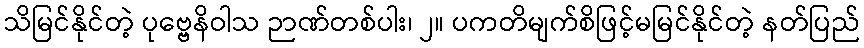
သိမြင်နိုင်တဲ့ ပုဗ္ဗေနိဝါသ ဉာဏ်တစ်ပါး၊ ၂။ ပကတိမျက်စိဖြင့်မမြင်နိုင်တဲ့ နတ်ပြည်